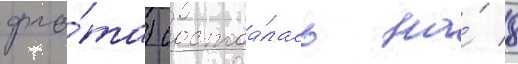
фло́та) состоа́лась на́ 8